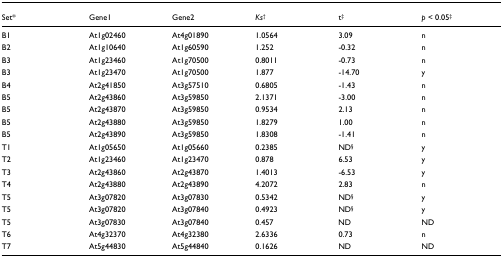
<table><thead><tr><td><b>Set*</b></td><td><b>Gene1</b></td><td><b>Gene2</b></td><td><b><i>Ks</i><sup>†</sup></b></td><td><b>t<sup>‡</sup></b></td><td><b><i>p </i>&lt; 0.05<sup>‡</sup></b></td></tr></thead><tbody><tr><td>B1</td><td>At1g02460</td><td>At4g01890</td><td>1.0564</td><td>3.09</td><td>n</td></tr><tr><td>B2</td><td>At1g10640</td><td>At1g60590</td><td>1.252</td><td>-0.32</td><td>n</td></tr><tr><td>B3</td><td>At1g23460</td><td>At1g70500</td><td>0.8011</td><td>-0.73</td><td>n</td></tr><tr><td>B3</td><td>At1g23470</td><td>At1g70500</td><td>1.877</td><td>-14.70</td><td>y</td></tr><tr><td>B4</td><td>At2g41850</td><td>At3g57510</td><td>0.6805</td><td>-1.43</td><td>n</td></tr><tr><td>B5</td><td>At2g43860</td><td>At3g59850</td><td>2.1371</td><td>-3.00</td><td>n</td></tr><tr><td>B5</td><td>At2g43870</td><td>At3g59850</td><td>0.9534</td><td>2.13</td><td>n</td></tr><tr><td>B5</td><td>At2g43880</td><td>At3g59850</td><td>1.8279</td><td>1.00</td><td>n</td></tr><tr><td>B5</td><td>At2g43890</td><td>At3g59850</td><td>1.8308</td><td>-1.41</td><td>n</td></tr><tr><td>T1</td><td>At1g05650</td><td>At1g05660</td><td>0.2385</td><td>ND<sup>§</sup></td><td>y</td></tr><tr><td>T2</td><td>At1g23460</td><td>At1g23470</td><td>0.878</td><td>6.53</td><td>y</td></tr><tr><td>T3</td><td>At2g43860</td><td>At2g43870</td><td>1.4013</td><td>-6.53</td><td>y</td></tr><tr><td>T4</td><td>At2g43880</td><td>At2g43890</td><td>4.2072</td><td>2.83</td><td>n</td></tr><tr><td>T5</td><td>At3g07820</td><td>At3g07830</td><td>0.5342</td><td>ND<sup>§</sup></td><td>y</td></tr><tr><td>T5</td><td>At3g07820</td><td>At3g07840</td><td>0.4923</td><td>ND<sup>§</sup></td><td>y</td></tr><tr><td>T5</td><td>At3g07830</td><td>At3g07840</td><td>0.457</td><td>ND</td><td>ND</td></tr><tr><td>T6</td><td>At4g32370</td><td>At4g32380</td><td>2.6336</td><td>0.73</td><td>n</td></tr><tr><td>T7</td><td>At5g44830</td><td>At5g44840</td><td>0.1626</td><td>ND</td><td>ND</td></tr></tbody></table>